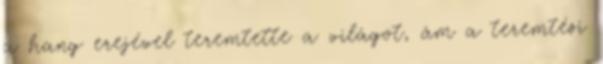
a hang erejével teremtette a világot, ám a teremtési